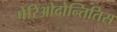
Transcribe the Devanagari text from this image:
पेरिओदोन्तितिस